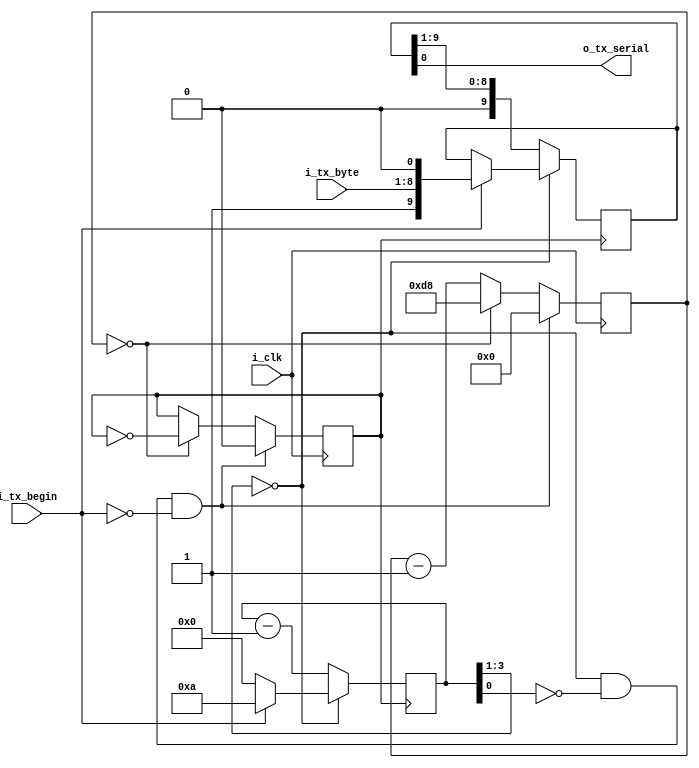
///////////////////////////////////////////////////////////////////
// This file contains the UART Transmitter. This transmitter is
// able to transmit 8 bits of serial data, one start bit, one
// stop bit, and no parity bit. When receive is complete
// o_tx_done will be driven high for one clock cycle.
///////////////////////////////////////////////////////////////////

module UART_TX #
(
	parameter CLOCK_FREQUENCY = 50_000_000,
	parameter BAUD_RATE       = 115200
)
(
	input i_clk,
	input [7:0] i_tx_byte,
	input i_tx_begin,

	output wire o_tx_serial
);

	localparam HALF_BAUD_CLK_REG_VALUE = (CLOCK_FREQUENCY / BAUD_RATE / 2 - 1);
	localparam HALF_BAUD_CLK_REG_SIZE  = $clog2(HALF_BAUD_CLK_REG_VALUE);

    reg [HALF_BAUD_CLK_REG_SIZE - 1:0] r_clock_counter = 0;
    reg tx_baud_clk = 1'b0;

    reg [9:0] r_data = 10'h001;
    reg [3:0] txCounter = 4'h0; 

    assign r_tx_ready = !txCounter[3:1];
    assign r_tx_idle = r_tx_ready & (~txCounter[0]);
    assign o_tx_serial = r_data[0];

    always @(posedge i_clk) begin
        if (r_tx_idle & ~i_tx_begin) begin
            r_clock_counter <= 0;
            tx_baud_clk <= 1'b0;
        end else if (r_clock_counter == 0) begin
            r_clock_counter <= HALF_BAUD_CLK_REG_VALUE;
            tx_baud_clk <= ~tx_baud_clk;
        end else begin
            r_clock_counter <= r_clock_counter - 1'b1;
        end
    end

    always @(posedge tx_baud_clk) begin
        if (~r_tx_ready) begin
            r_data <= { 1'b0, r_data[9:1] };
            txCounter <= txCounter - 1'b1;
        end else if(i_tx_begin) begin
            r_data <= { 1'b1, i_tx_byte[7:0], 1'b0 };
            txCounter <= 4'hA;
        end else begin
            txCounter <= 4'h0;
        end
    end
endmodule